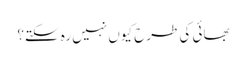
بھائی کی طرح کیوں نہیں رہ سکتے؟